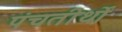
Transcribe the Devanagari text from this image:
पंचतीर्थों